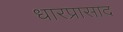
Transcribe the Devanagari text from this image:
धारप्रासाद